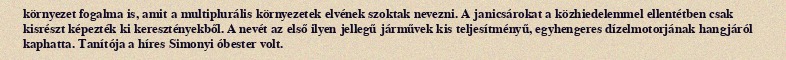
környezet fogalma is, amit a multiplurális környezetek elvének szoktak nevezni. A janicsárokat a közhiedelemmel ellentétben csak kisrészt képezték ki keresztényekből. A nevét az első ilyen jellegű járművek kis teljesítményű, egyhengeres dízelmotorjának hangjáról kaphatta. Tanítója a híres Simonyi óbester volt.